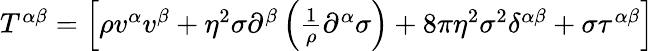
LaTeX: \begin{array}{r}{T^{\alpha\beta}=\left[\rho v^{\alpha}v^{\beta}+\eta^{2}\sigma\partial^{\beta}\left(\frac{1}{\rho}\partial^{\alpha}\sigma\right)+8\pi\eta^{2}\sigma^{2}\delta^{\alpha\beta}+\sigma\tau^{\alpha\beta}\right]}\end{array}